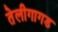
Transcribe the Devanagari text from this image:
तेलीगागड